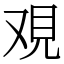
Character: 覌